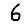
Digit: 6